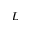
L